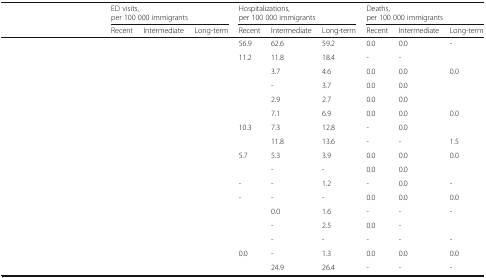
<table><thead><tr><td rowspan="2">[EMPTY_CELL]</td><td colspan="3"><b>ED visits,per 100 000 immigrants</b></td><td colspan="3"><b>Hospitalizations,per 100 000 immigrants</b></td><td colspan="3"><b>Deaths,per 100 000 immigrants</b></td></tr><tr><td><b>Recent</b></td><td><b>Intermediate</b></td><td><b>Long-term</b></td><td><b>Recent</b></td><td><b>Intermediate</b></td><td><b>Long-term</b></td><td><b>Recent</b></td><td><b>Intermediate</b></td><td><b>Long-term</b></td></tr></thead><tbody><tr><td>[EMPTY_CELL]</td><td>[EMPTY_CELL]</td><td>[EMPTY_CELL]</td><td>[EMPTY_CELL]</td><td>56.9</td><td>62.6</td><td>59.2</td><td>0.0</td><td>0.0</td><td>-</td></tr><tr><td>[EMPTY_CELL]</td><td>[EMPTY_CELL]</td><td>[EMPTY_CELL]</td><td>[EMPTY_CELL]</td><td>11.2</td><td>11.8</td><td>18.4</td><td>-</td><td>-</td><td>[EMPTY_CELL]</td></tr><tr><td>[EMPTY_CELL]</td><td>[EMPTY_CELL]</td><td>[EMPTY_CELL]</td><td>[EMPTY_CELL]</td><td>[EMPTY_CELL]</td><td>3.7</td><td>4.6</td><td>0.0</td><td>0.0</td><td>0.0</td></tr><tr><td>[EMPTY_CELL]</td><td>[EMPTY_CELL]</td><td>[EMPTY_CELL]</td><td>[EMPTY_CELL]</td><td>[EMPTY_CELL]</td><td>-</td><td>3.7</td><td>0.0</td><td>0.0</td><td>[EMPTY_CELL]</td></tr><tr><td>[EMPTY_CELL]</td><td>[EMPTY_CELL]</td><td>[EMPTY_CELL]</td><td>[EMPTY_CELL]</td><td>[EMPTY_CELL]</td><td>2.9</td><td>2.7</td><td>0.0</td><td>0.0</td><td>[EMPTY_CELL]</td></tr><tr><td>[EMPTY_CELL]</td><td>[EMPTY_CELL]</td><td>[EMPTY_CELL]</td><td>[EMPTY_CELL]</td><td>[EMPTY_CELL]</td><td>7.1</td><td>6.9</td><td>0.0</td><td>0.0</td><td>0.0</td></tr><tr><td>[EMPTY_CELL]</td><td>[EMPTY_CELL]</td><td>[EMPTY_CELL]</td><td>[EMPTY_CELL]</td><td>10.3</td><td>7.3</td><td>12.8</td><td>-</td><td>0.0</td><td>[EMPTY_CELL]</td></tr><tr><td>[EMPTY_CELL]</td><td>[EMPTY_CELL]</td><td>[EMPTY_CELL]</td><td>[EMPTY_CELL]</td><td>[EMPTY_CELL]</td><td>11.8</td><td>13.6</td><td>-</td><td>-</td><td>1.5</td></tr><tr><td>[EMPTY_CELL]</td><td>[EMPTY_CELL]</td><td>[EMPTY_CELL]</td><td>[EMPTY_CELL]</td><td>5.7</td><td>5.3</td><td>3.9</td><td>0.0</td><td>0.0</td><td>0.0</td></tr><tr><td>[EMPTY_CELL]</td><td>[EMPTY_CELL]</td><td>[EMPTY_CELL]</td><td>[EMPTY_CELL]</td><td>[EMPTY_CELL]</td><td>-</td><td>-</td><td>0.0</td><td>0.0</td><td>[EMPTY_CELL]</td></tr><tr><td>[EMPTY_CELL]</td><td>[EMPTY_CELL]</td><td>[EMPTY_CELL]</td><td>[EMPTY_CELL]</td><td>-</td><td>-</td><td>1.2</td><td>-</td><td>0.0</td><td>-</td></tr><tr><td>[EMPTY_CELL]</td><td>[EMPTY_CELL]</td><td>[EMPTY_CELL]</td><td>[EMPTY_CELL]</td><td>-</td><td>-</td><td>-</td><td>0.0</td><td>0.0</td><td>0.0</td></tr><tr><td>[EMPTY_CELL]</td><td>[EMPTY_CELL]</td><td>[EMPTY_CELL]</td><td>[EMPTY_CELL]</td><td>[EMPTY_CELL]</td><td>0.0</td><td>1.6</td><td>-</td><td>-</td><td>-</td></tr><tr><td>[EMPTY_CELL]</td><td>[EMPTY_CELL]</td><td>[EMPTY_CELL]</td><td>[EMPTY_CELL]</td><td>[EMPTY_CELL]</td><td>-</td><td>2.5</td><td>0.0</td><td>-</td><td>[EMPTY_CELL]</td></tr><tr><td>[EMPTY_CELL]</td><td>[EMPTY_CELL]</td><td>[EMPTY_CELL]</td><td>[EMPTY_CELL]</td><td>[EMPTY_CELL]</td><td>-</td><td>-</td><td>-</td><td>-</td><td>-</td></tr><tr><td>[EMPTY_CELL]</td><td>[EMPTY_CELL]</td><td>[EMPTY_CELL]</td><td>[EMPTY_CELL]</td><td>0.0</td><td>-</td><td>1.3</td><td>0.0</td><td>0.0</td><td>0.0</td></tr><tr><td>[EMPTY_CELL]</td><td>[EMPTY_CELL]</td><td>[EMPTY_CELL]</td><td>[EMPTY_CELL]</td><td>[EMPTY_CELL]</td><td>24.9</td><td>26.4</td><td>-</td><td>-</td><td>-</td></tr></tbody></table>